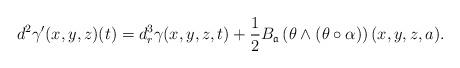
LaTeX: \begin{gather*}d^2\gamma'(x,y,z)(t)=d_{r}^{3}\gamma(x,y,z,t) +\frac{1}{2}B_{\mathfrak a}\left(\theta\wedge ( \theta\circ \alpha)\right)(x,y,z,a). \end{gather*}